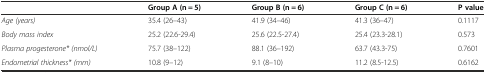
<table><thead><tr><td></td><td><b>Group A (n = 5)</b></td><td><b>Group B (n = 6)</b></td><td><b>Group C (n = 6)</b></td><td><b>P value</b></td></tr></thead><tbody><tr><td><i>Age (years)</i></td><td>35.4 (26–43)</td><td>41.9 (34–46)</td><td>41.3 (36–47)</td><td>0.1117</td></tr><tr><td><i>Body mass index</i></td><td>25.2 (22.6-29.4)</td><td>25.6 (22.5-27.4)</td><td>25.4 (23.3-28.1)</td><td>0.573</td></tr><tr><td><i>Plasma progesterone* (nmol/L)</i></td><td>75.7 (38–122)</td><td>88.1 (36–192)</td><td>63.7 (43.3-75)</td><td>0.7601</td></tr><tr><td><i>Endometrial thickness* (mm)</i></td><td>10.8 (9–12)</td><td>9.1 (8–10)</td><td>11.2 (8.5-12.5)</td><td>0.6162</td></tr></tbody></table>